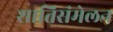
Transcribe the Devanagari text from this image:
शातिसंमेलन